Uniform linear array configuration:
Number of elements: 4
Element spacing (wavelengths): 0.25
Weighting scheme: hamming
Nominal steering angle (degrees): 15
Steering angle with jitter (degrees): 15.351
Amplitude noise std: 0.05
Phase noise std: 0.05

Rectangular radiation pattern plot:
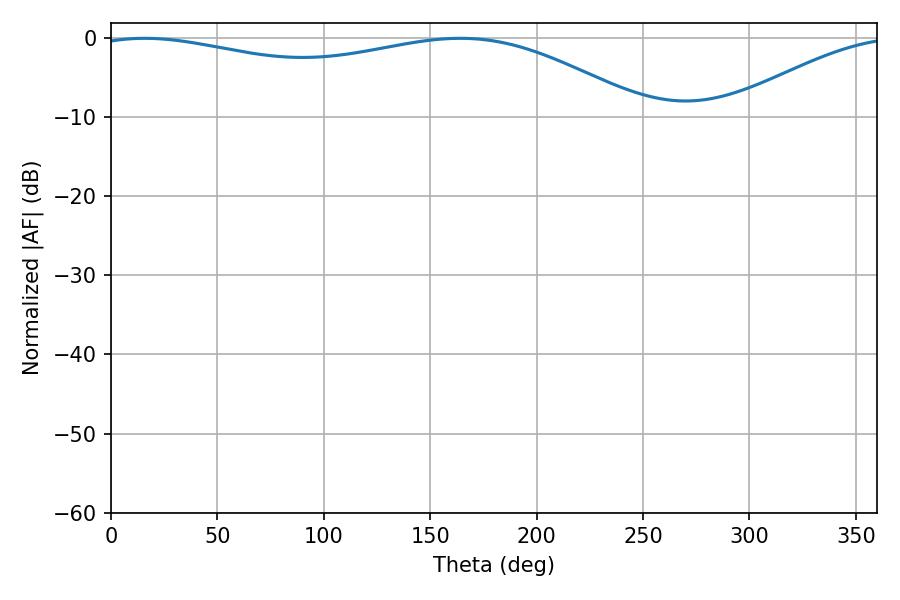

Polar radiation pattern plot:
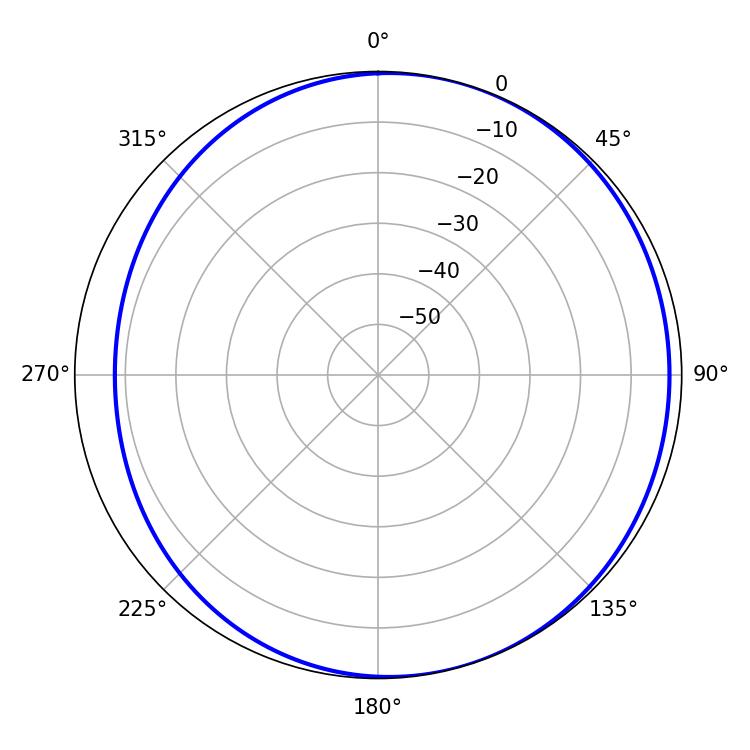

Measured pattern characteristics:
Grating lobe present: FALSE
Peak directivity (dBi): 3.737
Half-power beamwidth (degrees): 212.04
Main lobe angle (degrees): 15.84